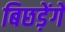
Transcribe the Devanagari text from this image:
बिछड़ेंगे